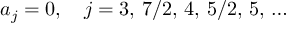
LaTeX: a _ { j } = 0 , \quad j = 3 , \, 7 / 2 , \, 4 , \, 5 / 2 , \, 5 , \, \ldots